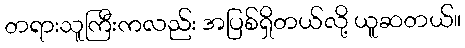
တရားသူကြီးကလည်း အပြစ်ရှိတယ်လို့ ယူဆတယ်။